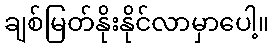
ချစ်မြတ်နိုးနိုင်လာမှာပေါ့။